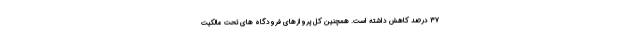
۳۷ درصد کاهش داشته است. همچنین کل پروازهای فرودگاه های تحت مالکیت